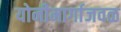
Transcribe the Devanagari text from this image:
योनीमार्गाजवळ